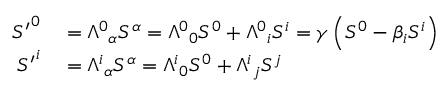
\begin{array} { r l } { { S ^ { \prime } } ^ { 0 } } & { { } = { \Lambda ^ { 0 } } _ { \alpha } S ^ { \alpha } = { \Lambda ^ { 0 } } _ { 0 } S ^ { 0 } + { \Lambda ^ { 0 } } _ { i } S ^ { i } = \gamma \left( S ^ { 0 } - \beta _ { i } S ^ { i } \right) } \\ { { S ^ { \prime } } ^ { i } } & { { } = { \Lambda ^ { i } } _ { \alpha } S ^ { \alpha } = { \Lambda ^ { i } } _ { 0 } S ^ { 0 } + { \Lambda ^ { i } } _ { j } S ^ { j } } \end{array}